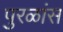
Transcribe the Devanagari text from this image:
पुरळांस